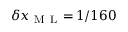
\delta x _ { \mathrm { ~ M ~ L ~ } } \! = \! 1 / 1 6 0